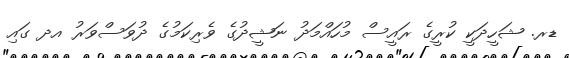
ޑރ. ޝަހީދަކީ ކުރީގެ ރައީސް މުހައްމަދު ނަޝީދުގެ ވެރިކަމުގެ ދުވަސްވަރު އދ ގައި